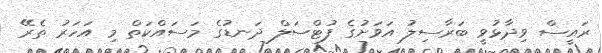
ރައީސް ވިދާޅުވީ ބަރާސިލު އަވަށުގެ ފުޓްސަލް ދަނޑުގެ މަސައްކަތް މި އަހަރު ތެރޭ